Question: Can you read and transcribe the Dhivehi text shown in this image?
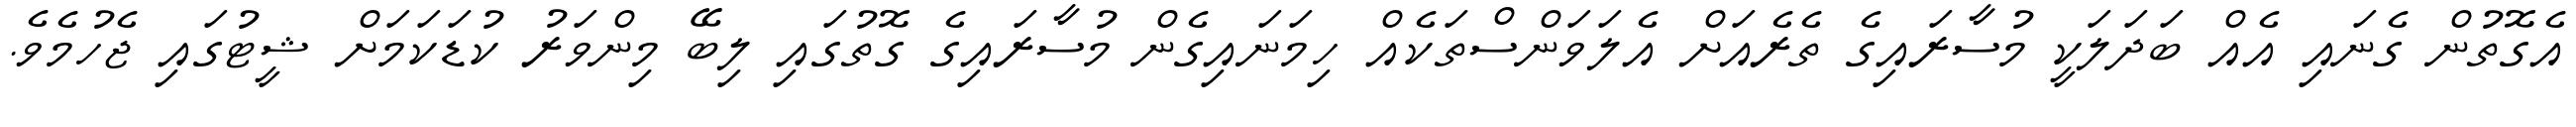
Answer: އެގޮތުން ގެނައި އެއް ބަދަލަކީ މުސާރައިގެ ތެރެއަށް އެލަވަންސްތަކެއް ހިމަނައިގެން މުސާރައިގެ ގޮތުގައި ލިބޭ މިންވަރު ކުޑަކަމަށް ޝީޓުގައި ޖެހުމެވެ.